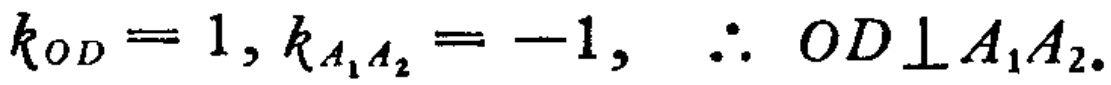
\(k_{OD}=1,k_{A_{1}A_{2}}=-1, \therefore OD\perp A_{1}A_{2}.\)